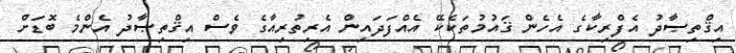
އިޤްތިޞާދު އެފްރިކާގެ އެހެން ޤައުމުތަކެކޭ އެއްފަދައިން އެރިތުރިއާގެ ވެސް އިޤްތިޞާދު އެންމެ ބޮޑަށް